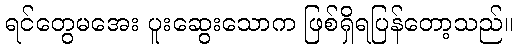
ရင်တွေမအေး ပူးဆွေးသောက ဖြစ်ရှိရပြန်တော့သည်။